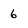
Character: 6